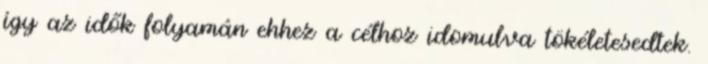
így az idők folyamán ehhez a célhoz idomulva tökéletesedtek.